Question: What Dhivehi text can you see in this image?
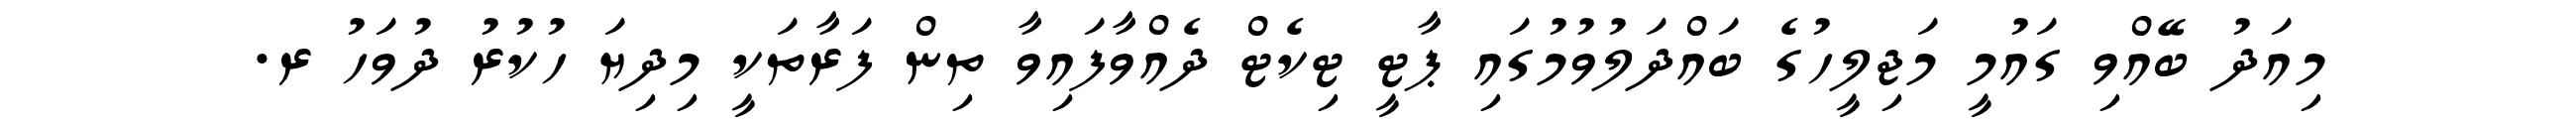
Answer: މިއަދު ބޭއްވި ގައުމީ މަޖިލީހުގެ ބައްދަލުވުމުގައި ޕާޓީ ޓިކެޓް ދެއްވާފައިވާ ތިން ފަރާތަކީ މިދިޔަ ހުކުރު ދުވަހު ރ.